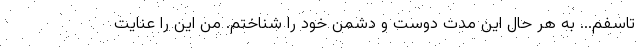
تاسفم... به هر حال اين مدت دوست و دشمن خود را شناختم. من اين را عنايت